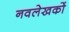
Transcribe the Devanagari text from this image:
नवलेखकों